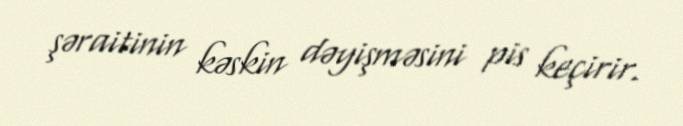
şəraitinin kəskin dəyişməsini pis keçirir.